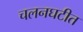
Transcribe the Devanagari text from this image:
चलनघटीत